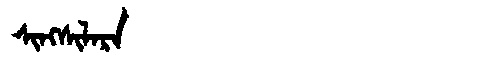
Manchu: ᠰᡳᠩᠰᡳᠯᠠᡵᠠ
Romanization: SINGSILARA